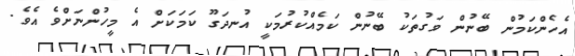
އެހެންކަމުން ބޭނުން ވަގުތަކު ބޭނުން ކަމެއްކުރުމަކީ އުނދަގޫ ކަމަކަށް އެ މީހުންނަށްވެ އެވެ.